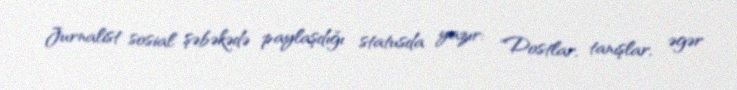
Jurnalist sosial şəbəkədə paylaşdığı statusda yazır: "Dostlar, tanışlar, əgər